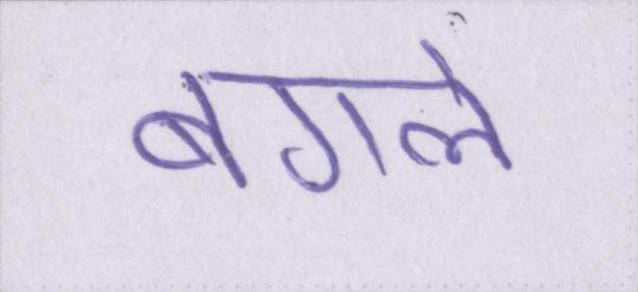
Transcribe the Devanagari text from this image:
बगले